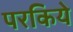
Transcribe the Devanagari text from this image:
परकिये